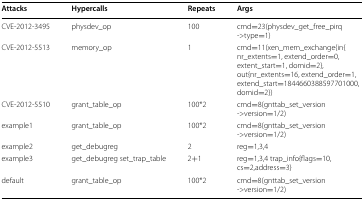
| Attacks | Hypercalls | Repeats | Args |
 | --- | --- | --- | --- |
 | CVE-2012-3495 | physdev_op | 100 | cmd=23(physdev_get_free_pirq->type=1) |
 | CVE-2012-5513 | memory_op | 1 | cmd=11(xen_mem_exchange{in{nr_extents=1, extend_order=0,extent_start=1, domid=2},out{nr_extents=16, extend_order=1,extend_start=1844660388597701000,domid=2}) |
 | CVE-2012-5510 | grant_table_op | 100*2 | cmd=8(gnttab_set_version->version=1/2) |
 | example1 | grant_table_op | 100*2 | cmd=8(gnttab_set_version->version=1/2) |
 | example2 | get_debugreg | 2 | reg=1,3,4 |
 | example3 | get_debugreg set_trap_table | 2+1 | reg=1,3,4 trap_info{flags=10,cs=2,address=3} |
 | default | grant_table_op | 100*2 | cmd=8(gnttab_set_version->version=1/2) |